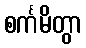
စင်္ကမိတွာ